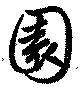
園